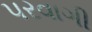
પરવાગી